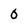
Character: 0